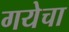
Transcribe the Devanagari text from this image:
गयेचा